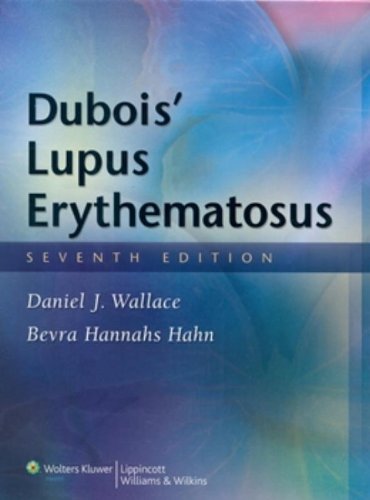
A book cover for Dubois' Lupus Erythematosus; Health, Fitness & Dieting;